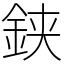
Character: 𨦇